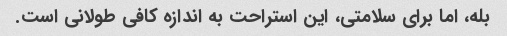
بله، اما برای سلامتی، این استراحت به اندازه کافی طولانی است.